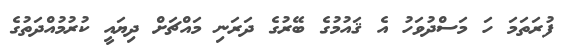
ފުރަތަމަ ހަ މަސްދުވަހު އެ ޤައުމުގެ ބޭރުގެ ދަރަނި މައްޗަށް ދިޔައީ ކުރުމުއްދަތުގެ